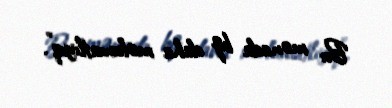
Bu mənada biz daha məlumatlıyıq”.